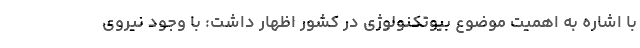
با اشاره به اهمیت موضوع بیوتكنولوژی در كشور اظهار داشت: با وجود نیروی